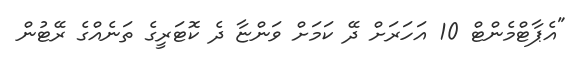
"އެޕާޓްމެންޓް 10 އަހަރަށް ދޭ ކަމަށް ވަންޏާ ދެ ކޮޓަރީގެ ތަނެއްގެ ރޭޓުން